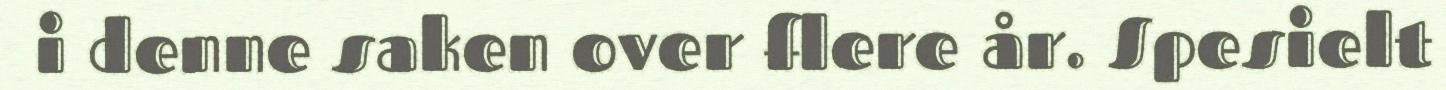
i denne saken over flere år. Spesielt